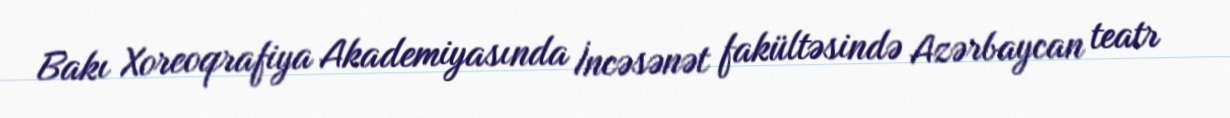
Bakı Xoreoqrafiya Akademiyasında İncəsənət fakültəsində Azərbaycan teatr